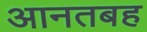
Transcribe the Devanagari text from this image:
आनतबह